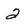
Character: 2